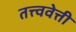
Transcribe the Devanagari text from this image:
तत्त्ववेत्ती